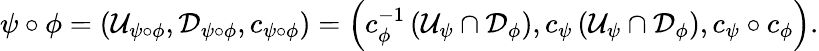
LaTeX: \psi\circ\phi=\left(\mathcal{U}_{\psi\circ\phi},\mathcal{D}_{\psi\circ\phi},c_{\psi\circ\phi}\right)=\left(c_{\phi}^{-1}\left(\mathcal{U}_{\psi}\cap\mathcal{D}_{\phi}\right),c_{\psi}\left(\mathcal{U}_{\psi}\cap\mathcal{D}_{\phi}\right),c_{\psi}\circ c_{\phi}\right).